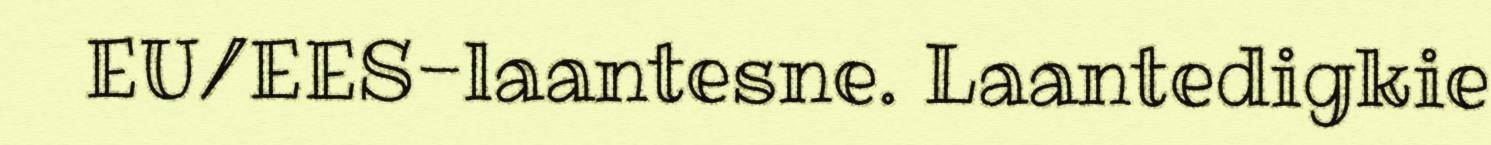
EU/EES-laantesne. Laantedigkie